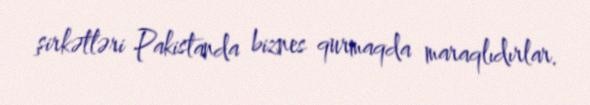
şirkətləri Pakistanda biznes qurmaqda maraqlıdırlar.